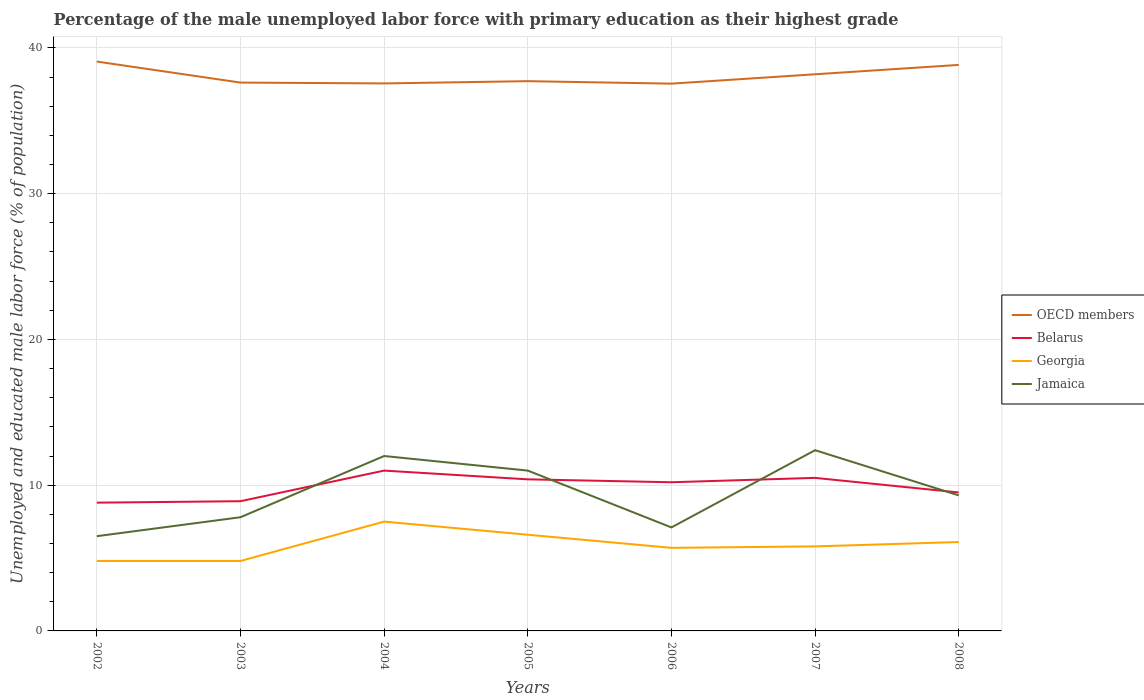
| Years | OECD members | Belarus | Georgia | Jamaica |
 | --- | --- | --- | --- | --- |
 | 2002 | 39.1 | 8.8 | 4.8 | 6.5 |
 | 2003 | 37.6 | 8.9 | 4.8 | 7.8 |
 | 2004 | 37.6 | 11 | 7.5 | 12 |
 | 2005 | 37.7 | 10.4 | 6.6 | 11 |
 | 2006 | 37.5 | 10.2 | 5.7 | 7.1 |
 | 2007 | 38.2 | 10.5 | 5.8 | 12.4 |
 | 2008 | 38.8 | 9.5 | 6.1 | 9.3 |